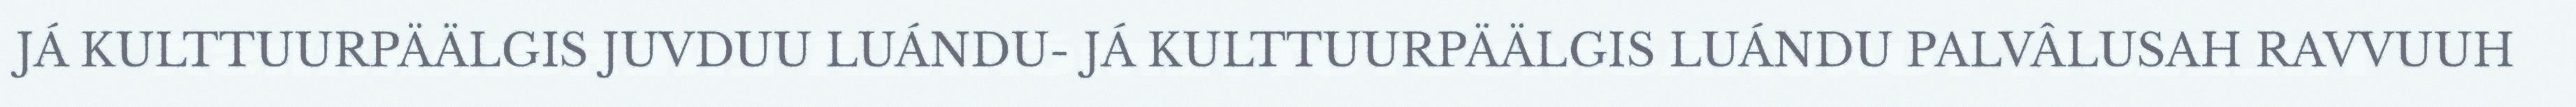
JÁ KULTTUURPÄÄLGIS JUVDUU LUÁNDU- JÁ KULTTUURPÄÄLGIS LUÁNDU PALVÂLUSAH RAVVUUH